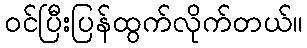
ဝင်ပြီးပြန်ထွက်လိုက်တယ်။